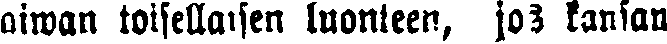
aiwan toisellaisen luonteen, jos kansan